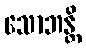
သောဘန္တိ